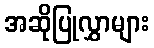
အဆိုပြုလွှာများ